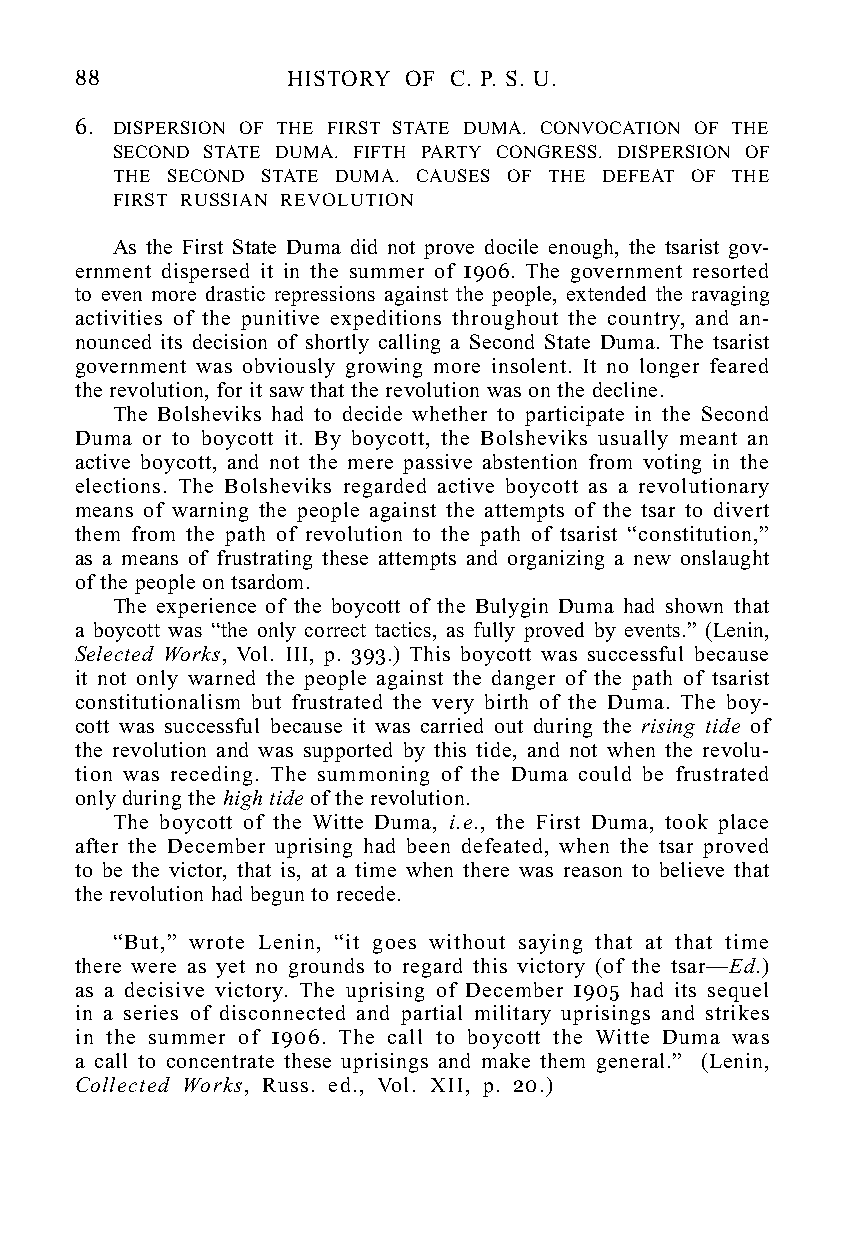
88            HISTORY OF C. P. S. U.
 6. DISPERSION OF THE FIRST STATE DUMA. CONVOCATION OF THE
 SECOND STATE DUMA. FIFTH PARTY CONGRESS. DISPERSION OF
 THE SECOND STATE DUMA. CAUSES OF THE DEFEAT OF THE
 FIRST RUSSIAN REVOLUTION
 As the First State Duma did not prove docile enough, the tsarist gov-
 ernment dispersed it in the summer of 1906. The government resorted
 to even more drastic repressions against the people, extended the ravaging
 activities of the punitive expeditions throughout the country, and an-
 nounced its decision of shortly calling a Second State Duma. The tsarist
 government was obviously growing more insolent. It no longer feared
 the revolution, for it saw that the revolution was on the decline.
 The Bolsheviks had to decide whether to participate in the Second
 Duma or to boycott it. By boycott, the Bolsheviks usually meant an
 active boycott, and not the mere passive abstention from voting in the
 elections. The Bolsheviks regarded active boycott as a revolutionary
 means of warning the people against the attempts of the tsar to divert
 them from the path of revolution to the path of tsarist “constitution,”
 as a means of frustrating these attempts and organizing a new onslaught
 of the people on tsardom.
 The experience of the boycott of the Bulygin Duma had shown that
 a boycott was “the only correct tactics, as fully proved by events.” (Lenin,
 Selected Works, Vol. III, p. 393.) This boycott was successful because
 it not only warned the people against the danger of the path of tsarist
 constitutionalism but frustrated the very birth of the Duma. The boy-
 cott was successful because it was carried out during the rising tide of
 the revolution and was supported by this tide, and not when the revolu-
 tion was receding. The summoning of the Duma could be frustrated
 only during the high tide of the revolution.
 The boycott of the Witte Duma, i.e., the First Duma, took place
 after the December uprising had been defeated, when the tsar proved
 to be the victor, that is, at a time when there was reason to believe that
 the revolution had begun to recede.
 “But,” wrote Lenin, “it goes without saying that at that time
 there were as yet no grounds to regard this victory (of the tsar—Ed.)
 as a decisive victory. The uprising of December 1905 had its sequel
 in a series of disconnected and partial military uprisings and strikes
 in the summer of 1906. The call to boycott the Witte Duma was
 a call to concentrate these uprisings and make them general.” (Lenin,
 Collected Works, Russ. ed., Vol. XII, p. 20.)